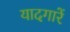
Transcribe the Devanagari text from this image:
यादगारें